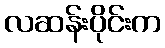
လဆန်းပိုင်းက